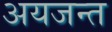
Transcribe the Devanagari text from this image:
अयजन्त